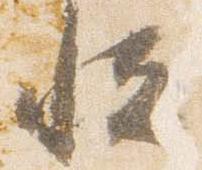
恒